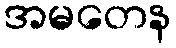
အမတေန